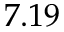
7 . 1 9